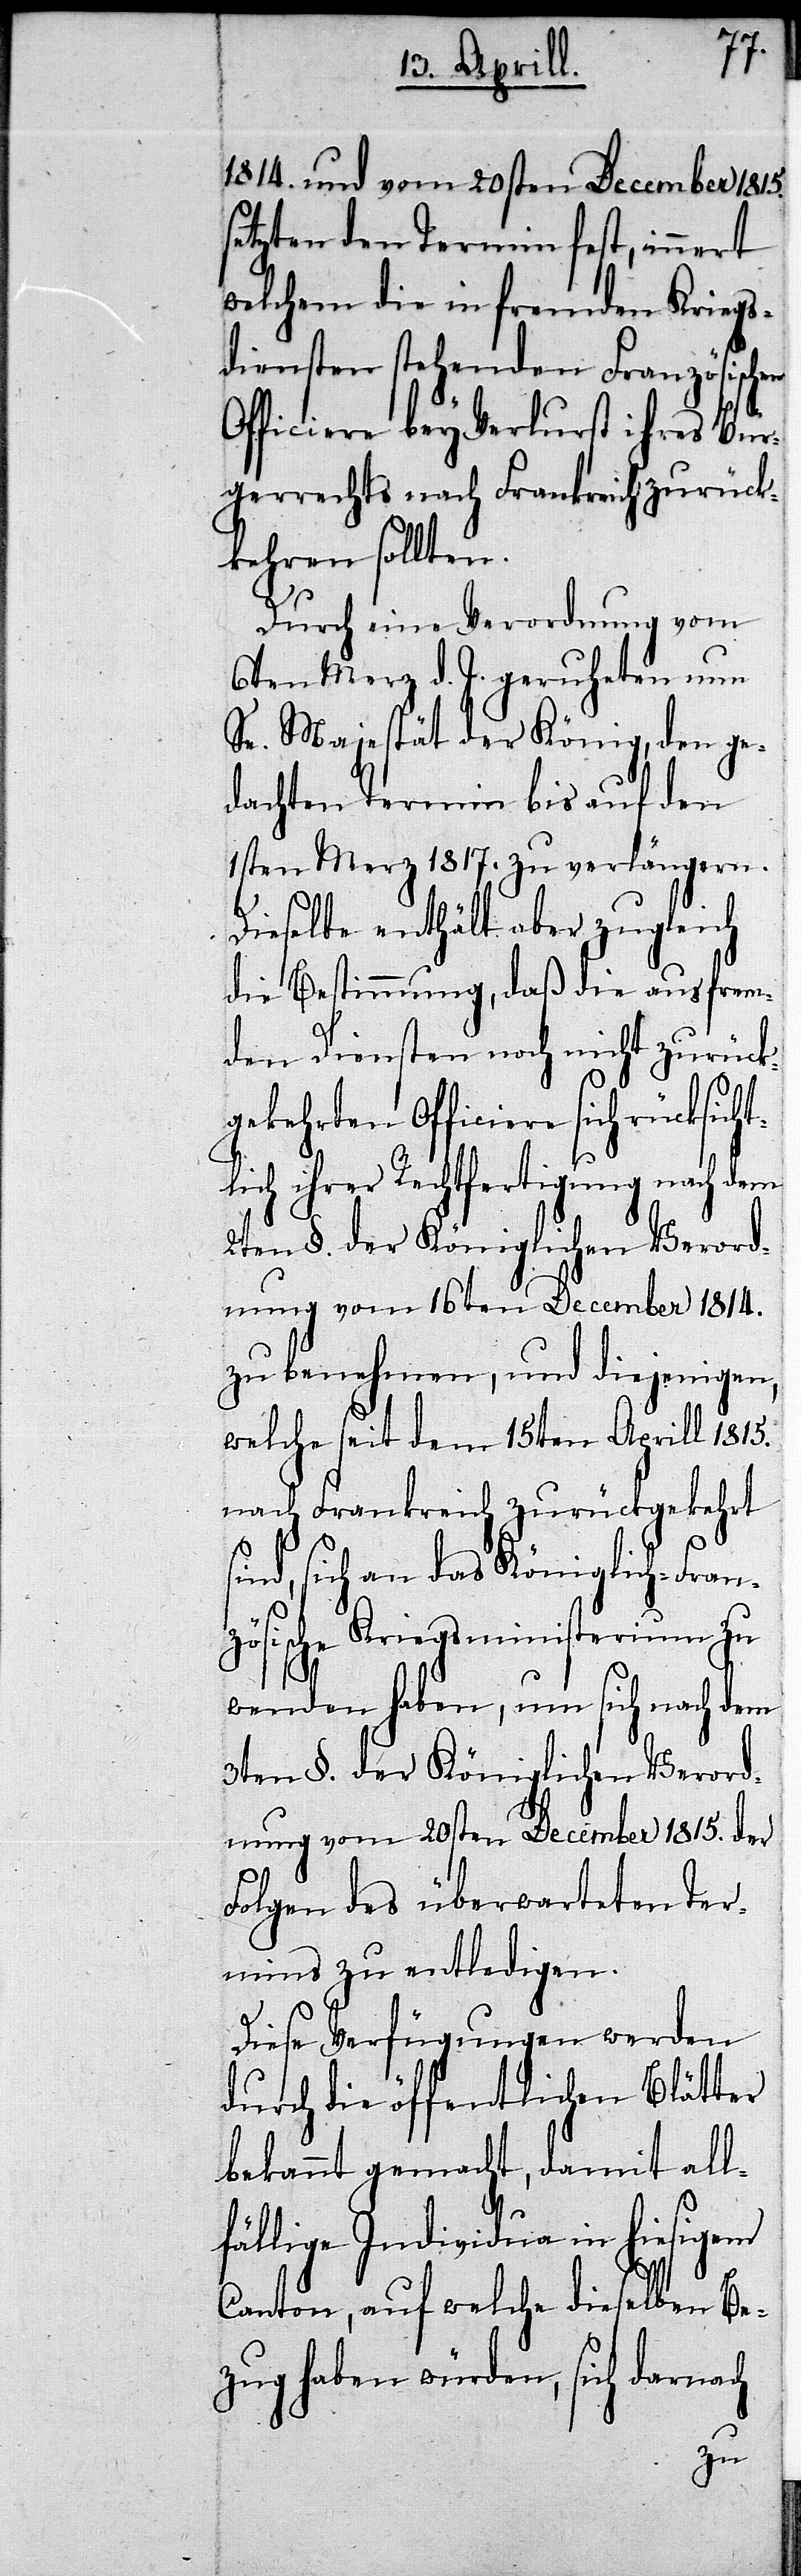
hen Of¬
1814. und vom 20sten December 1815.
setzten den Termin fest, innert
welchem die in fremden Kriegs¬
diensten stehenden Französisc¬
ficiere bey Verlust ihres Bür¬
gerrechts nach Frankreich zurück¬
kehren sollten.
Durch eine Verordnung vom
6ten Merz d. J. geruheten nun
Sn. Majestät der König, den ge¬
dachten Termin bis auf den
1sten Merz 1817. zu verlängern.
Dieselbe enthält aber zugleich
die Bestimmung, daß die aus frem¬
den Diensten noch nicht zurück¬
gekehrten Officiere sich rücksicht¬
lich ihrer Rechtfertigung nach dem
2ten §. der Königlichen Verord¬
nung vom 16ten December 1814.
zu benehmen, und diejenigen,
welche seit dem 15ten Aprill 1815.
nach Frankreich zurückgekehrt
sich an das Königlich-Fran¬
zösische Kriegsministerium zu
wenden haben, um sich nach dem
3ten §. der Königlichen Verord¬
nung vom 20sten December 1815. der
Folgen des überwarteten Ter¬
mins zu entledigen.
Diese Verfügungen werden
durch die öffentlichen Blätter
bekannt gemacht, damit all¬
fällige Individuen in hiesigem
Canton, auf welche dieselben Be¬
zug haben würden, sich darnach